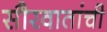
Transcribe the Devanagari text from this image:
सौरवातांची